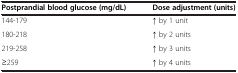
| Postprandial blood glucose (mg/dL) | Dose adjustment (units) |
 | --- | --- |
 | 144-179 | ↑ by 1 unit |
 | 180-218 | ↑ by 2 units |
 | 219-258 | ↑ by 3 units |
 | ≥259 | ↑ by 4 units |